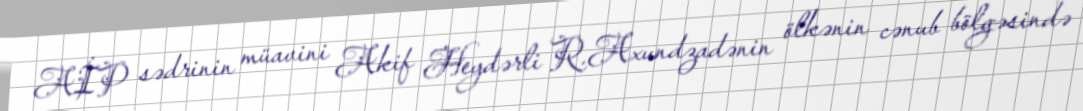
AİP sədrinin müavini Akif Heydərli R.Axundzadənin ölkənin cənub bölgəsində